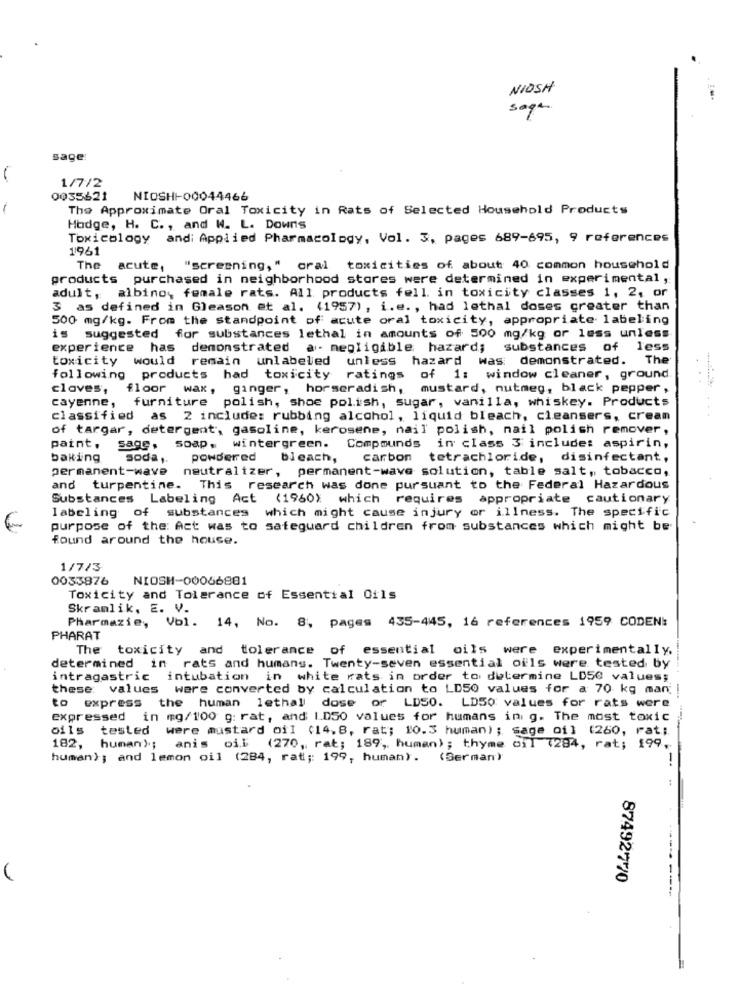
NIOSH
sagen.
sage:
1/7/2
0035621
NIOSH -- 00044466
The Approximate Oral Toxicity in Rats of Selected Household Products
Hodge, H. C ., and W. L. Downs
Toxicology andi Applied Pharmacology, Vol. 3, pages 689-695, 9 references
1961
The
acute,
"screening," cral toxicities of about 40 common household
products purchased in neighborhood stores were determined in experimental,
adult, albino, female rats. All products fell in toxicity classes 1, 2, or
3 as defined in Gleason et al. (1957) , i.e. , had lethal doses greater than
500 mg/kg. From the standpoint of acute oral toxicity, appropriate labeling
is suggested for substances lethal in amounts of 500 mg/kg or less unless
experience has demonstrated a· negligible hazard; substances of less
toxicity would remain unlabeled unless hazard was: demonstrated. The
following products had toxicity ratings of 1: window cleaner, ground
claves',
floor wax, ginger, horseradish,
mustard, nutmeg, black pepper ,
cayenne ,
furniture polish, shoe polish, sugar, vanilla, whiskey. Products
classified as 2 include: rubbing alcohol, liquid bleach, cleansers, cream
of targar, detergent, gasoline, kerosene, nail polish, nail polish remover,
paint.
sage, soap. wintergreen. Compounds in class 3 include: aspirin,
baking
soda ,.
powdered
bleach,
carbon
tetrachloride, disinfectant,
permanent-wave neutraltzer, permanent-wave solution, table salt, tobacco,
and turpentine. This research was done pursuant to the Federal Hazardous
Substances Labeling Act (1960) which requires appropriate cautionary
labeling of substances which might cause injury or illness. The specific
purpose of the: Act was to safeguard children from substances which might be
found around the house.
1/7/3
0033876
NIOSH-00066881
Toxicity and Tolerance of Essential Oils
Skramlik, E. V.
Pharmazie, Vol. 14, No. 8. pages 435-445, 16 references 1959 CODEN!
PHARAT
The toxicity and tolerance of essential oils were experimentally.
determined in rats and humans. Twenty-seven essential oils were tested by
intragastric intubation in white rats in order to determine LD50 values;
these values were converted by calculation to LD50 values for a 70 kg man;
to express the human lethal dose of LDSO. LD50 values for rats were
expressed in mg/100 g: rat, and LD50 values for humans ini g. The most toxic
oils tested were mustard oil (14,8, rat; 10.3 human); sage oil (260, rat ;.
182.
human) .;
anis oil (270, rat; 189, human); thyme oil (284, rat; 199,
human); and lemon oil (284, rat ;: 199, human). (Serman)
-
----
87492770
----